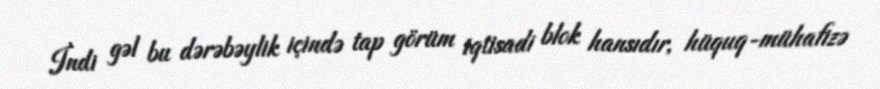
İndi gəl bu dərəbəylik içində tap görüm iqtisadi blok hansıdır, hüquq-mühafizə